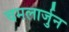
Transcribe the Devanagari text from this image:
चमलार्जुन